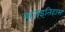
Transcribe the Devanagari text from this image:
बृहत्इतिहास